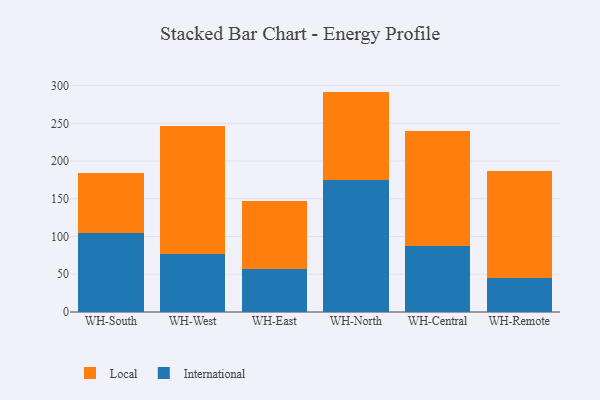
{"axis": {"x": "Warehouse", "y": "Backlog"}, "legend": ["International", "Local"], "data": [{"x": "WH-South", "y": 104.2, "type": "International"}, {"x": "WH-South", "y": 79.4, "type": "Local"}, {"x": "WH-West", "y": 77.1, "type": "International"}, {"x": "WH-West", "y": 169.6, "type": "Local"}, {"x": "WH-East", "y": 57.1, "type": "International"}, {"x": "WH-East", "y": 90.1, "type": "Local"}, {"x": "WH-North", "y": 175.5, "type": "International"}, {"x": "WH-North", "y": 116.5, "type": "Local"}, {"x": "WH-Central", "y": 87.4, "type": "International"}, {"x": "WH-Central", "y": 152.2, "type": "Local"}, {"x": "WH-Remote", "y": 44.5, "type": "International"}, {"x": "WH-Remote", "y": 142.3, "type": "Local"}]}